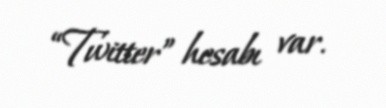
“Twitter” hesabı var.